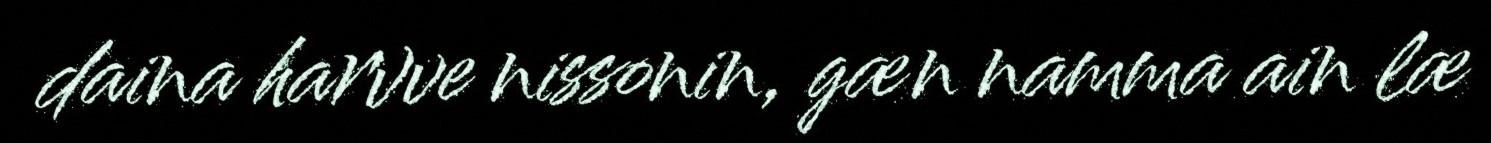
daina harvve nissonin, gæn namma ain læ